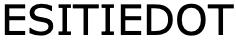
ESITIEDOT